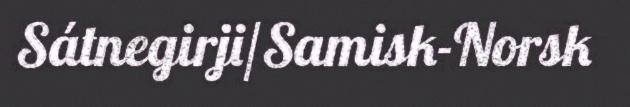
Sátnegirji/Samisk-Norsk